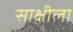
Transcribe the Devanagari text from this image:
साक्षीला